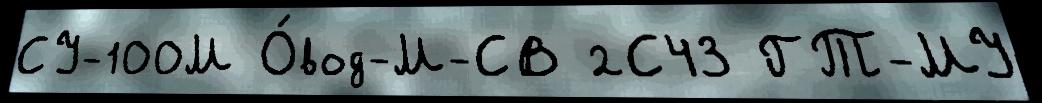
СУ-100М О́вод-М-СВ 2С43 ГТ-МУ